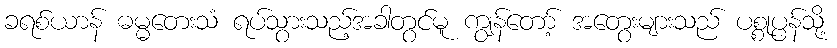
ခရစ်ယာန် ဓမ္မတေးသံ ရပ်သွားသည့်အခါတွင်မူ ကျွန်တော့် အတွေးများသည် ပစ္စုပ္ပန်သို့